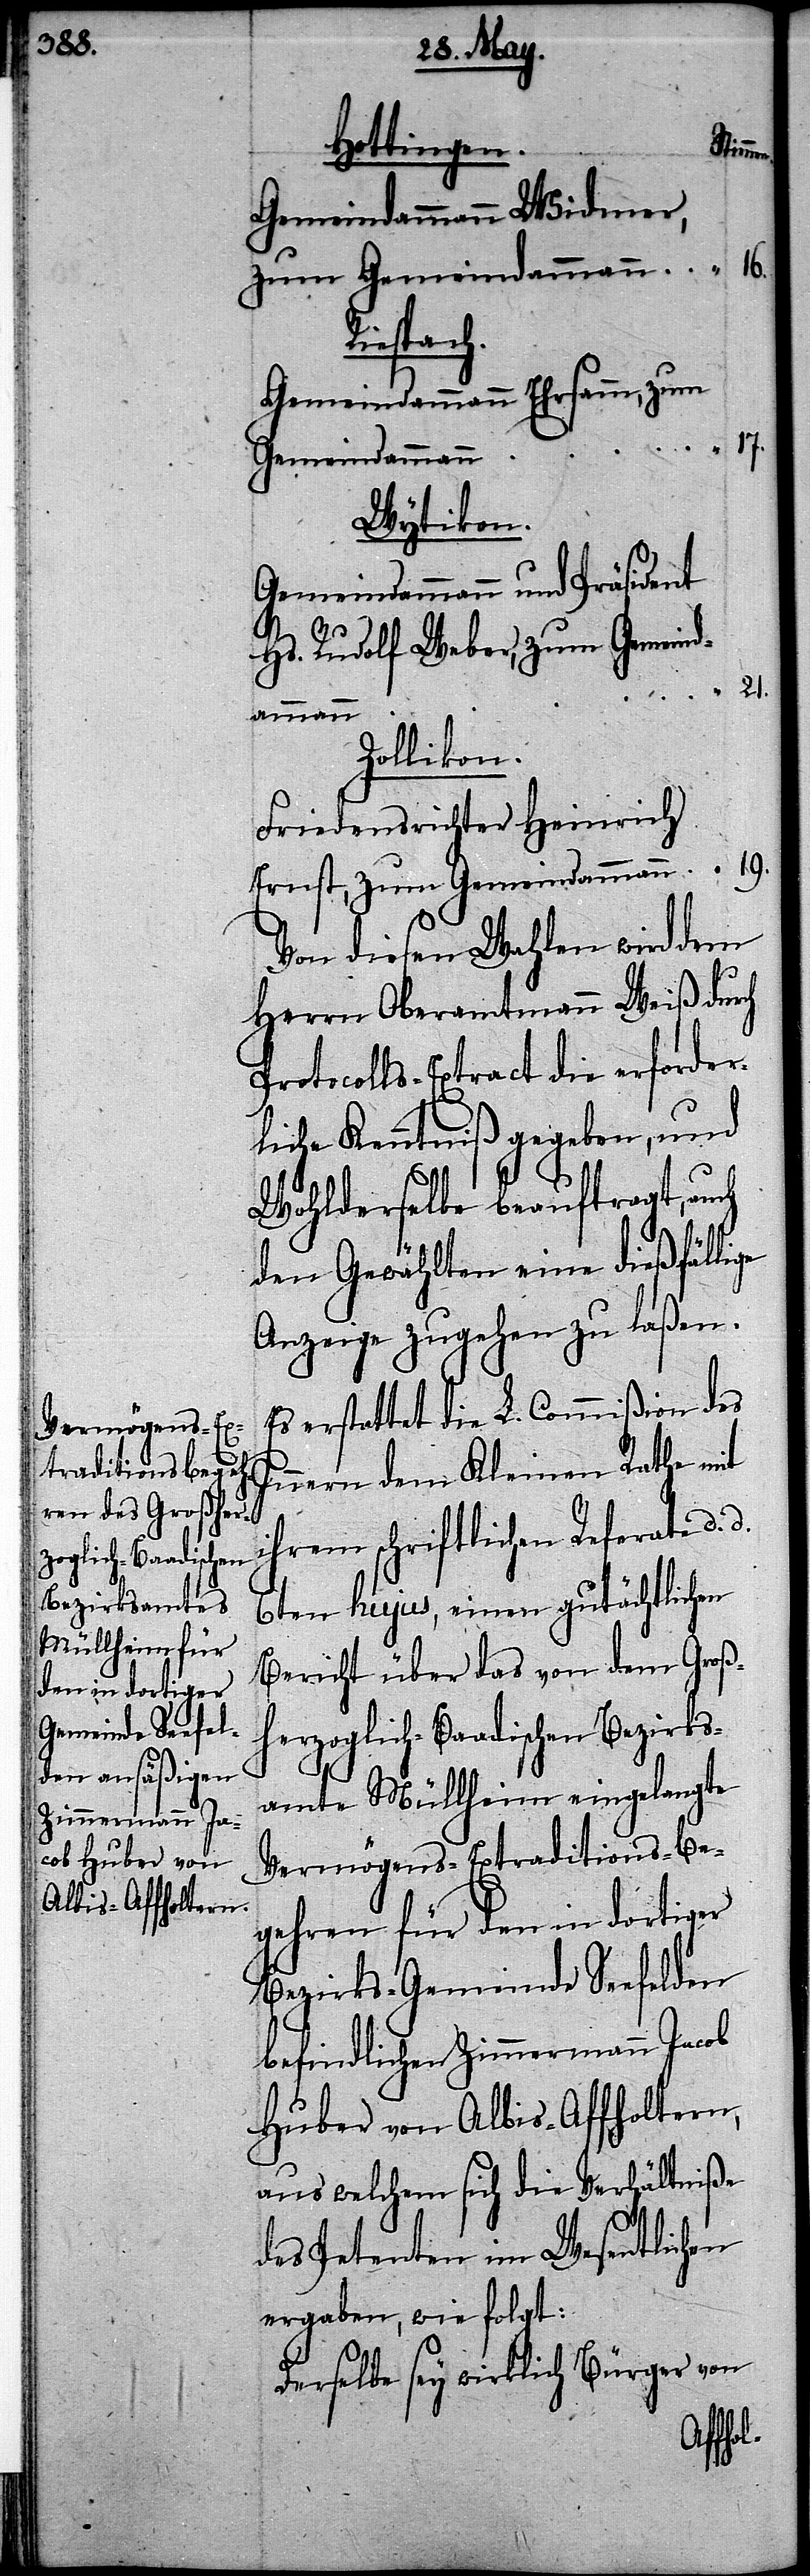
Hottingen.
Stimme¬
Gemeindammann Widmer,
Riespach.
Gemeindammann Ehrsamm, zum
17.
Gemeindammann
Wytikon.
Gemeindammann und Präsident
Hs. Rudolf Weber, zum Gemeind¬
21.
ammann
Zollikon.
Friedensrichter Heinrich
Ernst, zum Gemeindammann
Von diesen Wahlen wird dem
Herrn Oberamtmann Weiß durch
Protocolls-Extract die erforder¬
liche Kenntniß gegeben, und
Wohlderselbe beauftragt, auch
den Gewählten eine dießfällige
Anzeige zugehen zu laßen.
Es erstattet die L. Commißion des
Innern dem Kleinen Rathe mit
ihrem schriftlichen Referate d. d.
6ten hujus, einen gutächtlichen
Bericht über das von dem Groß¬
herzoglich-Baadischen Bezirks¬
amte Müllheim eingelangte
Vermögens-Extraditions-Be¬
gehren für den in dortiger
Bezirks-Gemeinde Seefelden
befindlichen Zimmermann Jacob
Huber von Albis-Affholtern,
aus welchem sich die Verhältniße
des Petenten im Wesentlichen
ergaben, wie folgt:
Derselbe sey wirklich Bürger von